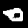
Digit: 0